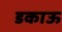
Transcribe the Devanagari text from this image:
डकाऊ